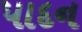
પાદન